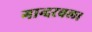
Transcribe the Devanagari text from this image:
गान्दरबल।